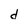
Character: d